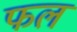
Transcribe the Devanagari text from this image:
फल